Civil Veterinary Dept. North-West Frontier Province 1933-46 - 1933-1946
Year: 1933
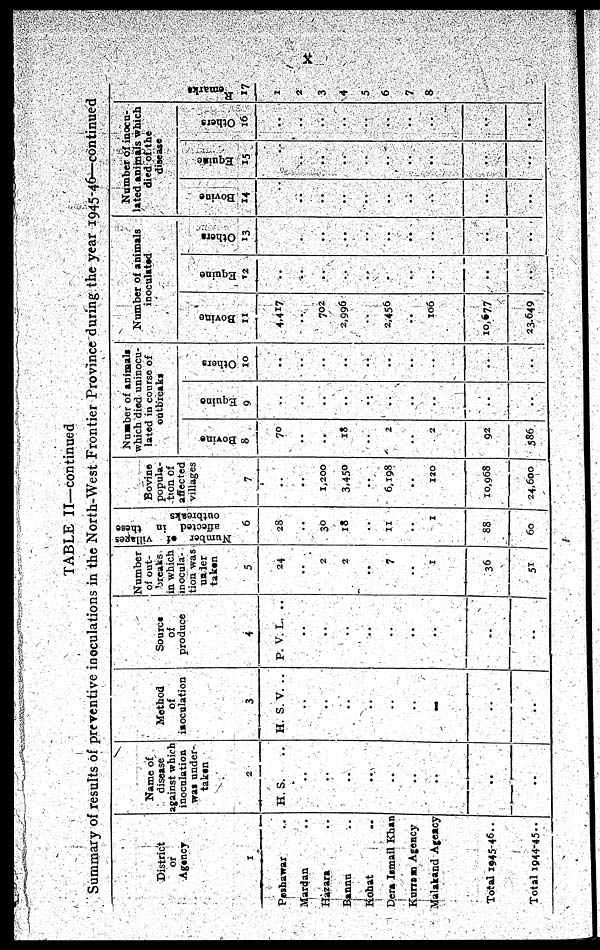
x
TABLE II—continued
Summary of results of preventive inoculations in the North-West Frontier Province during the year 1945-46—continued
District
or
Agency
1
Peshawar ..
Mardan
..
Hazara ..
Bannu ..
Kohat ..
Dera Ismail Khan
Kurram Agency
Malakand Agency
Total 1945-46 ..
Total 1944-45 ..
Name of
disease
against which
inoculation
was under-
taken
2
H.S. ..
..
..
..
..
..
..
..
..
..
Method
of
inoculation
3
H. S. V. ..
..
..
..
..
..
..
..
..
..
Source
of
produce
4
P. V. L. ..
..
..
..
..
..
..
..
..
..
Number
of out-
breaks
in which
inocula-
tion was
under
taken
5
24
..
2
2
..
7
..
1
36
51
Nu mb e r of villages
affected in these
outbreaks
6
28
..
30
18
..
11
..
1
88
60
Bovine
popula-
tion of
affected
villages
7
..
..
1,200
3,450
..
6,198
..
120
10,968
24,600
Number of animals
which died uninocu-
lated in course of
outbreaks
Bovine
8
70
..
..
18
..
2
..
2
92
586
Equine
9
..
..
..
..
..
..
..
..
..
..
Others
10
..
..
..
..
..
..
..
..
..
..
Number of animals
inoculated
Bovine
11
4,417
..
702
2,996
..
2,456
..
106
10,677
23,649
Equine
12
..
..
..
..
..
..
..
..
..
..
Others
13
..
..
..
..
..
..
..
..
..
..
Number of inocu-
lated animals which
died of the
disease
Bovine
14
..
..
..
..
..
..
..
..
..
..
Equine
15
..
..
..
..
..
..
..
..
..
..
Others
16
..
..
..
..
..
..
..
..
..
..
Remarks
17
1
2
3
4
5
6
7
8